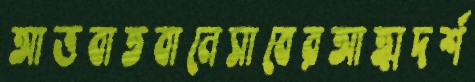
আত্তবাতবানেসাবেরআত্মদর্শ